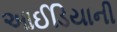
આઈડિયાની